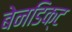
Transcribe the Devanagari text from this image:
बेनडिक्ट